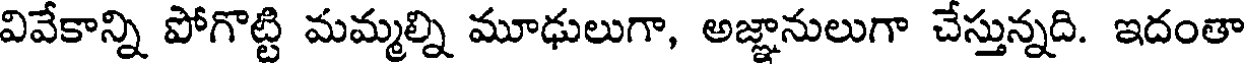
వివేకాన్ని పోగొట్టి మమ్మల్ని మూఢులుగా, అజ్ఞానులుగా చేస్తున్నది. ఇదంతా